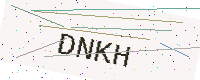
Text: DNKH